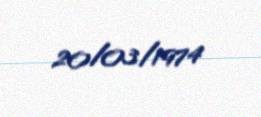
20/03/1974